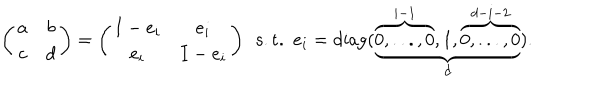
LaTeX: \left( \begin{matrix} { { a } } & { { b } } \\ { { c } } & { { d } } \\ \end{matrix} \right) = \left( \begin{matrix} { { I - e _ { i } } } & { { e _ { i } } } \\ { { e _ { i } } } & { { I - e _ { i } } } \\ \end{matrix} \right) \ \ \mathrm { s . t . } \ \ e _ { i } = \mathrm { d i a g } ( \underbrace { \overbrace { 0 , . . . , 0 } ^ { i - 1 } , 1 , \overbrace { 0 , . . . , 0 } ^ { d - i - 2 } } _ { d } ) .